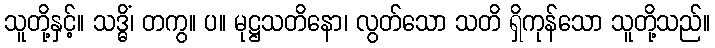
သူတို့နှင့်။ သဒ္ဓိံ၊ တကွ။ ပ။ မုဋ္ဌသတိနော၊ လွတ်သော သတိ ရှိကုန်သော သူတို့သည်။